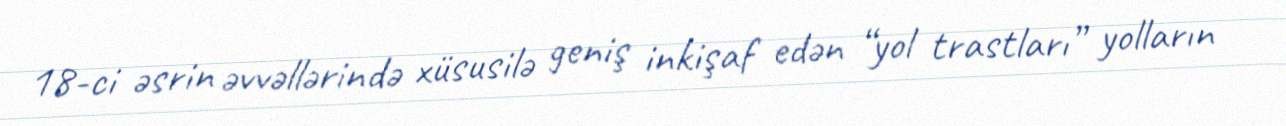
18-ci əsrin əvvəllərində xüsusilə geniş inkişaf edən “yol trastları” yolların